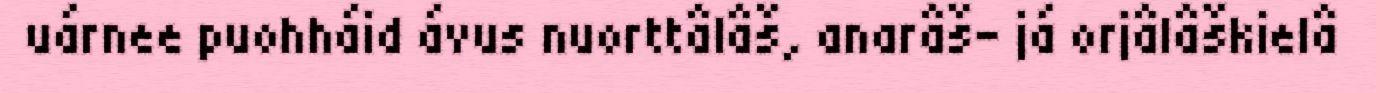
uárnee puohháid ávus nuorttâlâš, anarâš- já orjâlâškielâ